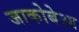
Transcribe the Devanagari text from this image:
जाकोबेआ